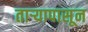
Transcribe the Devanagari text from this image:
तार्‍यापासून